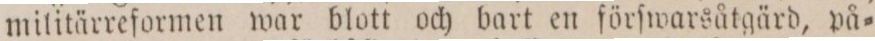
militärreformen war blott och bart en förſwarsåtgärd, på=